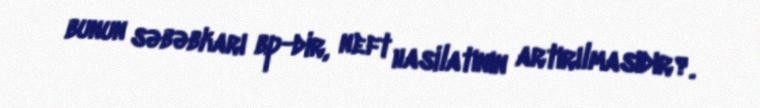
bunun səbəbkarı bp-dir, neft hasilatının artırılmasıdır?.